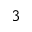
^ { 3 }